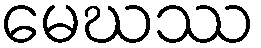
မေဃဿ